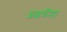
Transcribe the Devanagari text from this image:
अक्षक्रीडा